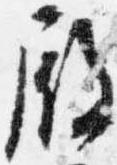
殿